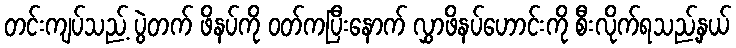
တင်းကျပ်သည့် ပွဲတက် ဖိနပ်ကို ဝတ်ကပြီးနောက် လွှာဖိနပ်ဟောင်းကို စီးလိုက်ရသည့်နှယ်